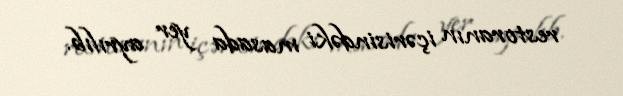
restoranın içərisindəki masada yer ayrılıb.